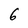
Character: 6